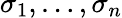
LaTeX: \sigma_{1},\ldots,\sigma_{n}